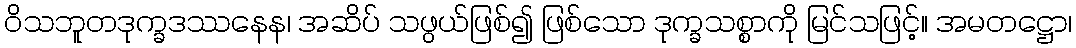
ဝိသဘူတဒုက္ခဒဿနေန၊ အဆိပ် သဖွယ်ဖြစ်၍ ဖြစ်သော ဒုက္ခသစ္စာကို မြင်သဖြင့်။ အမတဋ္ဌော၊